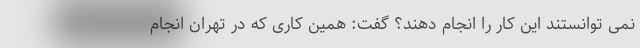
نمی توانستند این کار را انجام دهند؟ گفت: همین کاری که در تهران انجام